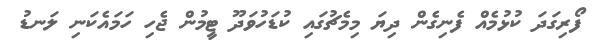
ފޯރިގަދަ ކުޅުމެއް ފެނިގެން ދިޔަ މިމެޗުގައި ކުޑަހުވަދޫ ޓީމުން ޖެހި ހަމައެކަނި ލަނޑު